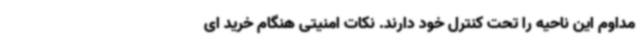
مداوم این ناحیه را تحت کنترل خود دارند. نکات امنیتی هنگام خرید ای